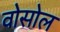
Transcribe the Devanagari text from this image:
वोसोल